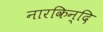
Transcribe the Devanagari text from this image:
नारकिन्दि